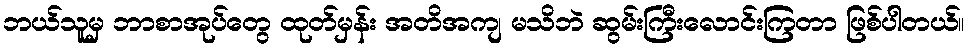
ဘယ်သူမှ ဘာစာအုပ်တွေ ထုတ်မှန်း အတိအကျ မသိဘဲ ဆွမ်းကြီးလောင်းကြတာ ဖြစ်ပါတယ်။